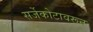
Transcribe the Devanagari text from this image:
सर्जेकोटावरून